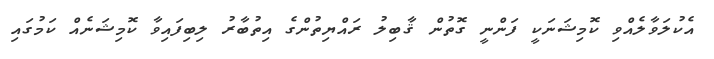
އެކުލަވާލެއްވި ކޮމިޝަނަކީ ފަންނީ ގޮތުން ޤާބިލު ރައްޔިތުންގެ އިތުބާރު ލިބިފައިވާ ކޮމިޝަނެއް ކަމުގައި